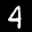
Label: 4